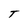
Character: T